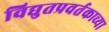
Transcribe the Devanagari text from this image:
विद्युतप्रवर्तकाच्या